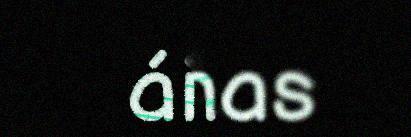
áinnas